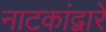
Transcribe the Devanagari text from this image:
नाटकांद्वारे